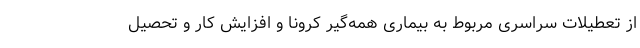
از تعطیلات سراسری مربوط به بیماری همه‌گیر کرونا و افزایش کار و تحصیل